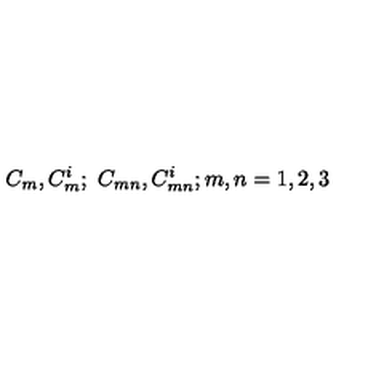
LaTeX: C _ { m } , C _ { m } ^ { i } ; \ C _ { m n } , C _ { m n } ^ { i } ; m , n = 1 , 2 , 3